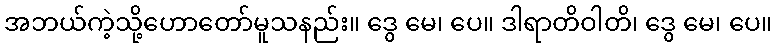
အဘယ်ကဲ့သို့ဟောတော်မူသနည်း။ ဒွေ မေ၊ ပေ။ ဒါရာတိဝါတိ၊ ဒွေ မေ၊ ပေ။